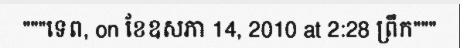
"""ទេព, on ខែឧសភា 14, 2010 at 2:28 ព្រឹក"""